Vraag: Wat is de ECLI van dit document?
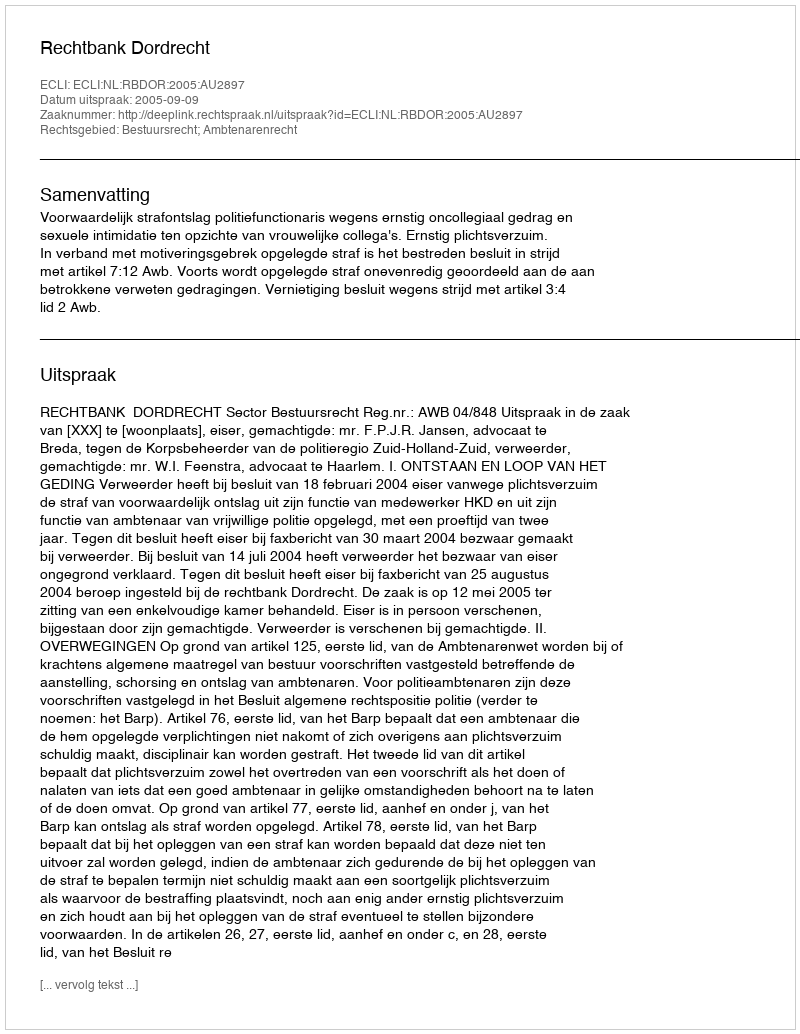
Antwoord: ECLI:NL:RBDOR:2005:AU2897